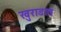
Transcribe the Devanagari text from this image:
खुराडात